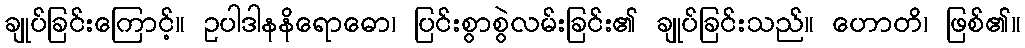
ချုပ်ခြင်းကြောင့်။ ဥပါဒါနနိရောဓော၊ ပြင်းစွာစွဲလမ်းခြင်း၏ ချုပ်ခြင်းသည်။ ဟောတိ၊ ဖြစ်၏။